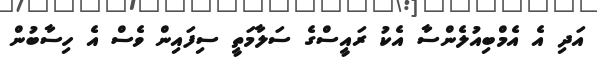
އަދި އެ އެމްބިއުލެންސާ އެކު ރައީސްގެ ސަލާމަތީ ސިފައިން ވެސް އެ ހިސާބުން